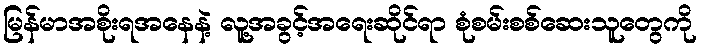
မြန်မာအစိုးရအနေနဲ့ လူ့အခွင့်အရေးဆိုင်ရာ စုံစမ်းစစ်ဆေးသူတွေကို